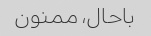
باحال، ممنون